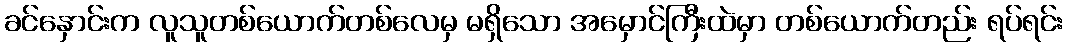
ခင်နှောင်းက လူသူတစ်ယောက်တစ်လေမှ မရှိသော အမှောင်ကြီးထဲမှာ တစ်ယောက်တည်း ရပ်ရင်း